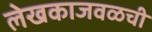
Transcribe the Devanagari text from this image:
लेखकाजवळची